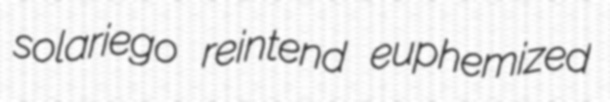
solariego reintend euphemized